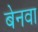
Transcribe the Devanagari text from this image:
बेनवा